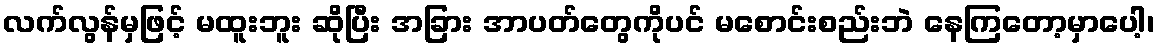
လက်လွန်မှဖြင့် မထူးဘူး ဆိုပြီး အခြား အာပတ်တွေကိုပင် မစောင်းစည်းဘဲ နေကြတော့မှာပေါ့၊